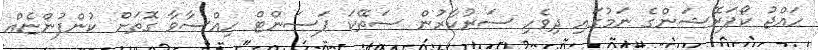
ހައްޖު ކޯޕަރޭޝަންގެ ނަމުގައި ދިވެހި ސަރުކާރުން ސަތޭކަ ޕަސަންޓް ހިއްސާވާ ގޮތަށް ކުންފުންޏެއް